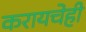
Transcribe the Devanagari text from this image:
करायचेही